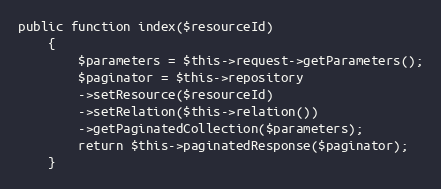
Language: PHP
public function index($resourceId)
    {
        $parameters = $this->request->getParameters();
        $paginator = $this->repository
        ->setResource($resourceId)
        ->setRelation($this->relation())
        ->getPaginatedCollection($parameters);
        return $this->paginatedResponse($paginator);
    }